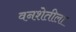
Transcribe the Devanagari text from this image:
वनशेतीला